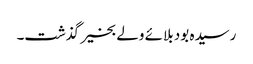
رسیدہ بود بلائے ولے بخیر گذشت۔